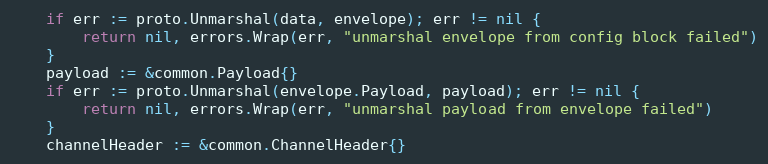
Language: Go
	if err := proto.Unmarshal(data, envelope); err != nil {
		return nil, errors.Wrap(err, "unmarshal envelope from config block failed")
	}
	payload := &common.Payload{}
	if err := proto.Unmarshal(envelope.Payload, payload); err != nil {
		return nil, errors.Wrap(err, "unmarshal payload from envelope failed")
	}
	channelHeader := &common.ChannelHeader{}